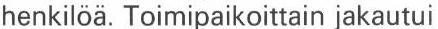
henkilöä.Toimipaikoittain jakautui